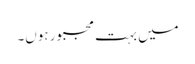
میں بہت مجبور ہوں۔